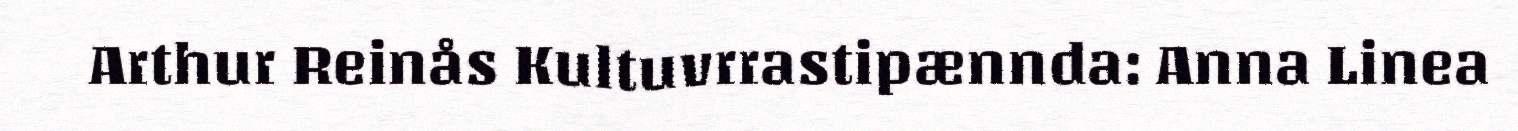
Arthur Reinås Kultuvrrastipænnda: Anna Linea